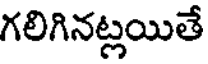
గలిగినట్లయితే